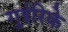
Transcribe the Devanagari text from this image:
गुईरिके